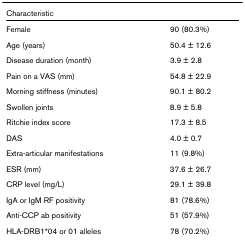
<table><thead><tr><td><b>Characteristic</b></td><td></td></tr></thead><tbody><tr><td>Female</td><td>90 (80.3%)</td></tr><tr><td>Age (years)</td><td>50.4 ± 12.6</td></tr><tr><td>Disease duration (month)</td><td>3.9 ± 2.8</td></tr><tr><td>Pain on a VAS (mm)</td><td>54.8 ± 22.9</td></tr><tr><td>Morning stiffness (minutes)</td><td>90.1 ± 80.2</td></tr><tr><td>Swollen joints</td><td>8.9 ± 5.8</td></tr><tr><td>Ritchie index score</td><td>17.3 ± 8.5</td></tr><tr><td>DAS</td><td>4.0 ± 0.7</td></tr><tr><td>Extra-articular manifestations</td><td>11 (9.8%)</td></tr><tr><td>ESR (mm)</td><td>37.6 ± 26.7</td></tr><tr><td>CRP level (mg/L)</td><td>29.1 ± 39.8</td></tr><tr><td>IgA or IgM RF positivity</td><td>81 (78.6%)</td></tr><tr><td>Anti-CCP ab positivity</td><td>51 (57.9%)</td></tr><tr><td>HLA-DRB1*04 or 01 alleles</td><td>78 (70.2%)</td></tr></tbody></table>